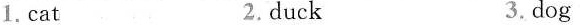
1.cat 2.duck 3. dog